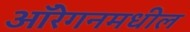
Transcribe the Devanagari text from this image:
ऑरेगनमधील